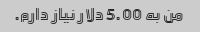
من به 5.00 دلار نیاز دارم.